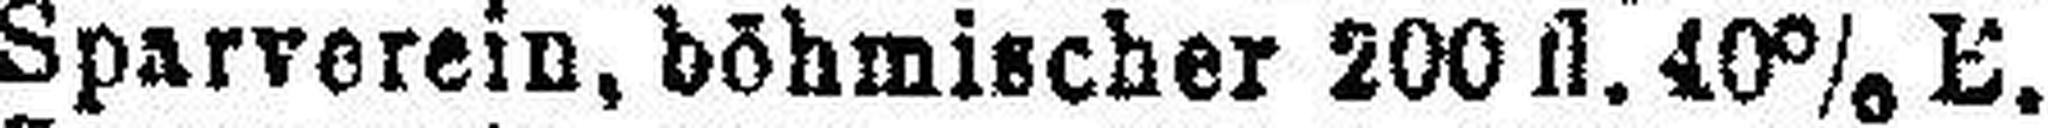
Sparverein, böhmischer 200 fl. 40% E.